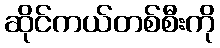
ဆိုင်ကယ်တစ်စီးကို